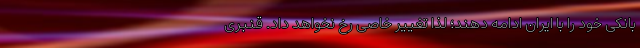
بانکی خود را با ایران ادامه دهند؛ لذا تغییر خاصی رخ نخواهد داد. قنبری